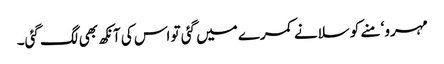
مہرو‘ منے کو سلانے کمرے میں گئی تو اس کی آنکھ بھی لگ گئی۔